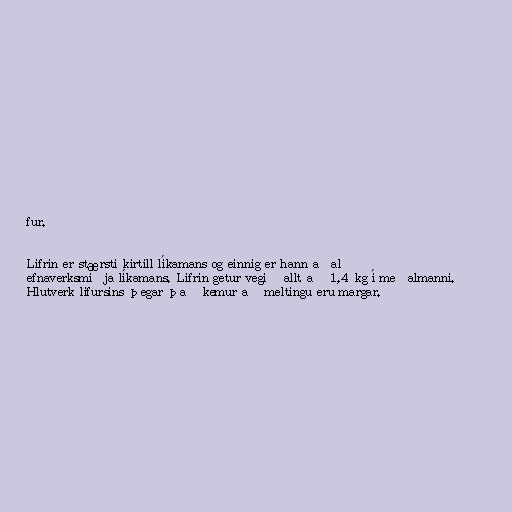
fur.

Lifrin er stærsti kirtill líkamans og einnig er hann aðal
efnaverksmiðja líkamans. Lifrin getur vegið allt að 1,4 kg í meðalmanni.
Hlutverk lifursins þegar það kemur að meltingu eru margar.